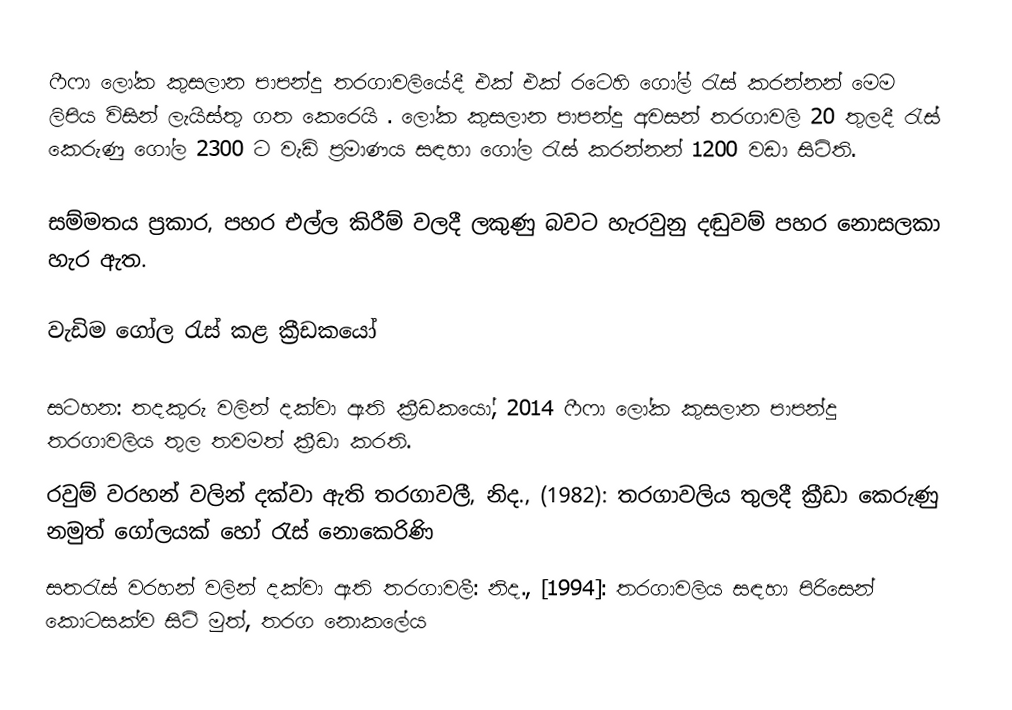
ෆීෆා ලෝක කුසලාන පාපන්දු තරගාවලියේදී එක් එක් රටෙහි ගෝල් රැස් කරන්නන් මෙම ලිපිය විසින් ලැයිස්තු ගත කෙරෙයි . ලෝක කුසලාන පාපන්දු අවසන් තරගාවලි 20 තුලදී රැස් කෙරුණු ගෝල 2300 ට වැඩි ප්‍රමාණය සඳහා ගෝල රැස් කරන්නන් 1200 වඩා සිටිති.

සම්මතය ප්‍රකාර, පහර එල්ල කිරීම් වලදී ලකුණු බවට හැරවුනු  දඬුවම් පහර නොසලකා හැර ඇත.

වැඩිම ගෝල රැස් කළ ක්‍රීඩකයෝ

සටහන: තදකුරු වලින් දක්වා ඇති ක්‍රීඩකයෝ, 2014 ෆීෆා ලෝක කුසලාන පාපන්දු තරගාවලිය තුල තවමත් ක්‍රීඩා කරති.
 රවුම් වරහන් වලින් දක්වා ඇති තරගාවලී, නිද., (1982): තරගාවලිය තුලදී ක්‍රීඩා කෙරුණු නමුත් ගෝලයක් හෝ රැස් නොකෙරිණි
සතරැස් වරහන් වලින් දක්වා ඇති තරගාවලී: නිද., [1994]: තරගාවලිය සඳහා පිරිසෙන් කොටසක්ව සිටි මුත්, තරග නොකලේය